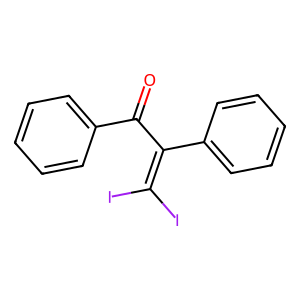
SMILES: O=C(C(=C(I)I)c1ccccc1)c1ccccc1
Inhibits HIV replication: No